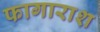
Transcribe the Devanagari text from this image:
फागाराश